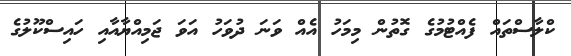
ކްލާސްތައް ފެއްޓުމުގެ ގޮތުން މިމަހު އެއް ވަނަ ދުވަހު އަވަ ޖަމިއްޔާއާއި ހައިސްކޫލުގެ